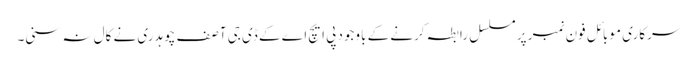
سرکاری موبائل فون نمبر پر مسلسل رابطہ کرنے کے باوجود پی ایچ اے کے ڈی جی آصف چوہدری نے کال نہ سنی۔